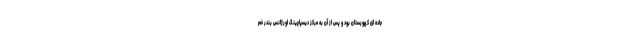
جاده ای کهورستان بود و پس از آن به مرکز دیسپاچینگ اورژانس بندر خم